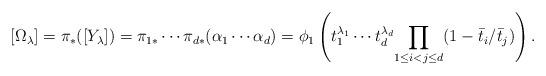
LaTeX: \begin{align*}[\Omega_\lambda]=\pi_*([Y_{\lambda}])=\pi_{1*}\cdots \pi_{d*}(\alpha_1\cdots\alpha_d)=\phi_1\left( t_1^{\lambda_1}\cdots t_{d}^{\lambda_{d}}{\prod_{1\leq i<j\leq d }( 1-\bar t_i/\bar t_{j})}\right).\end{align*}